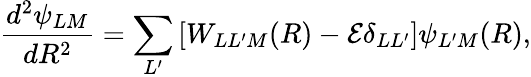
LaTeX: \frac{d^{2}\psi_{LM}}{dR^{2}}=\sum_{L^{\prime}}\left[W_{LL^{\prime}M}(R)-{\cal E}\delta_{LL^{\prime}}\right]\psi_{L^{\prime}M}(R),